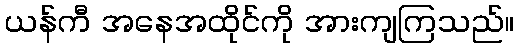
ယန်ကီ အနေအထိုင်ကို အားကျကြသည်။